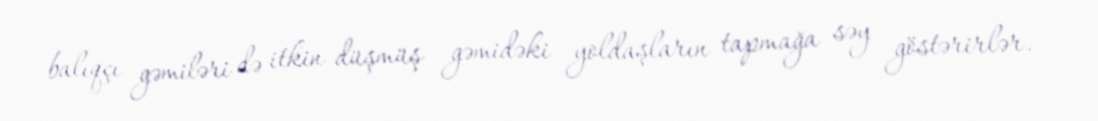
balıqçı gəmiləri də itkin düşmüş gəmidəki yoldaşların tapmağa səy göstərirlər.